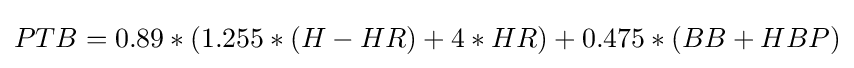
PTB=0.89*(1.255*(H-HR)+4*HR)+0.475*(BB+HBP)